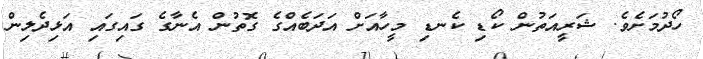
ހޯދުމަށެވެ. ޝަރީއަތުން ކޯޑި ކެނޑި މީހާއަށް އަދަބެއްގެ ގޮތުން އެނާގެ ގައިގައި އަޅިދެލިން